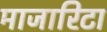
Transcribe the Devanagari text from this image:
माजारिटा